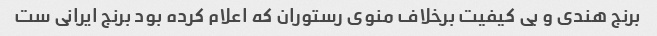
برنج هندی و بی کیفیت برخلاف منوی رستوران که اعلام کرده بود برنج ایرانی ست